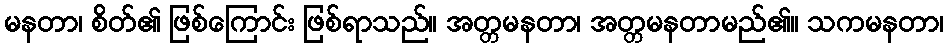
မနတာ၊ စိတ်၏ ဖြစ်ကြောင်း ဖြစ်ရာသည်။ အတ္တမနတာ၊ အတ္တမနတာမည်၏။ သကမနတာ၊